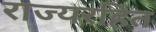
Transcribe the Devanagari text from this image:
राज्यरहित